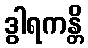
ဒွါရကန္တိ